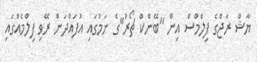
ޔާޝް ރާޖްގެ ފިލްމްސް އިން ''ބޭންކް ޗޯރު''ގެ ނަމުގައި އުފައްދަން ރޭވި ފިލްމެއްގައި